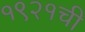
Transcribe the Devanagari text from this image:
१९२१ची